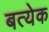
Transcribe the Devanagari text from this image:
बत्येक